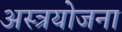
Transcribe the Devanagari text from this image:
अस्त्रयोजना